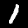
Label: 1